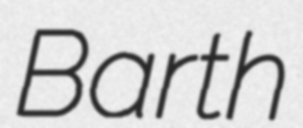
Barth